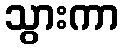
သွားကာ